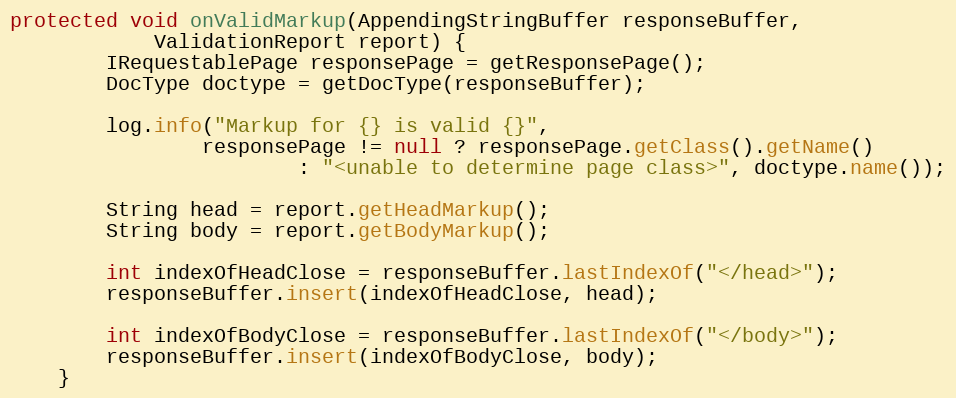
Language: Java
protected void onValidMarkup(AppendingStringBuffer responseBuffer,
			ValidationReport report) {
		IRequestablePage responsePage = getResponsePage();
		DocType doctype = getDocType(responseBuffer);

		log.info("Markup for {} is valid {}",
				responsePage != null ? responsePage.getClass().getName()
						: "<unable to determine page class>", doctype.name());

		String head = report.getHeadMarkup();
		String body = report.getBodyMarkup();

		int indexOfHeadClose = responseBuffer.lastIndexOf("</head>");
		responseBuffer.insert(indexOfHeadClose, head);

		int indexOfBodyClose = responseBuffer.lastIndexOf("</body>");
		responseBuffer.insert(indexOfBodyClose, body);
	}